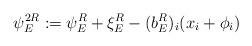
LaTeX: \begin{align*}\psi_E^{2R}:=\psi_E^R+\xi_E^R-(b_E^R)_i (x_i+\phi_i)\end{align*}